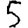
Digit: 5